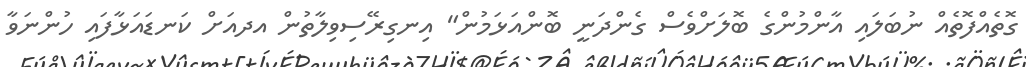
ގޮތެއްފޮތެއް ނުބަލައި އާންމުންގެ ބޮލަށްވެސް ގެންދަނީ ބޮންއަޅަމުން" އިނގިރޭސިވިލާތުން އދއަށް ކަނޑައަޅާފައި ހުންނަވާ